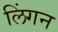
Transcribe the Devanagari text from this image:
लिंगन